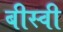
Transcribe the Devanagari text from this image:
बीस्वी